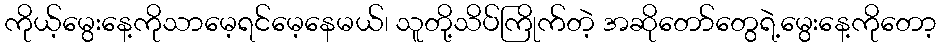
ကိုယ့်မွေးနေ့ကိုသာမေ့ရင်မေ့နေမယ်၊ သူတို့သိပ်ကြိုက်တဲ့ အဆိုတော်တွေရဲ့မွေးနေ့ကိုတော့